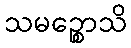
သမဉ္စောသိ